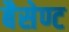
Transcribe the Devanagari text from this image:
बैसेण्ट